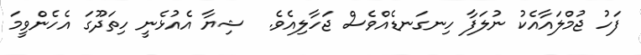
ފަހު ޖުމްލައާއެކު ނުލަފާ ހިނގަނޑެއްވެސް ޖަހާލިއެވެ.  ޝިޔާ އެއުޅެނީ ހިތަދޫގަ އެހެންވީމަ